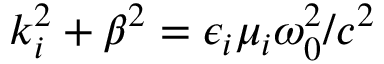
k _ { i } ^ { 2 } + \beta ^ { 2 } = \epsilon _ { i } \mu _ { i } \omega _ { 0 } ^ { 2 } / c ^ { 2 }